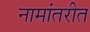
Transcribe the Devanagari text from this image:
नामांतरीत